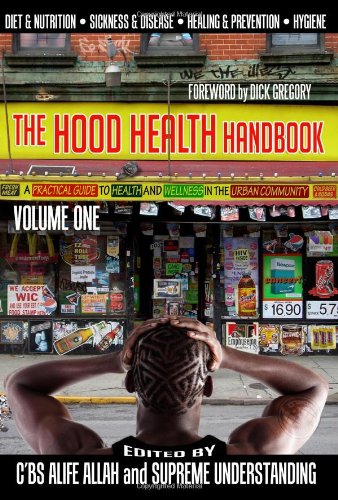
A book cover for The Hood Health Handbook: A Practical Guide to Health and Wellness in the Urban Community (Volume One); Supreme Understanding; Politics & Social Sciences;